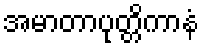
အမာတာပုတ္တိကာနံ